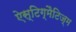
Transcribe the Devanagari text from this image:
ऐस्टिग्मैटिज्म